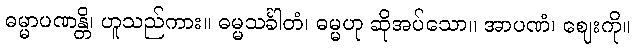
ဓမ္မာပဏန္တိ၊ ဟူသည်ကား။ ဓမ္မသင်္ခါတံ၊ ဓမ္မဟု ဆိုအပ်သော။ အာပဏံ၊ ဈေးကို။